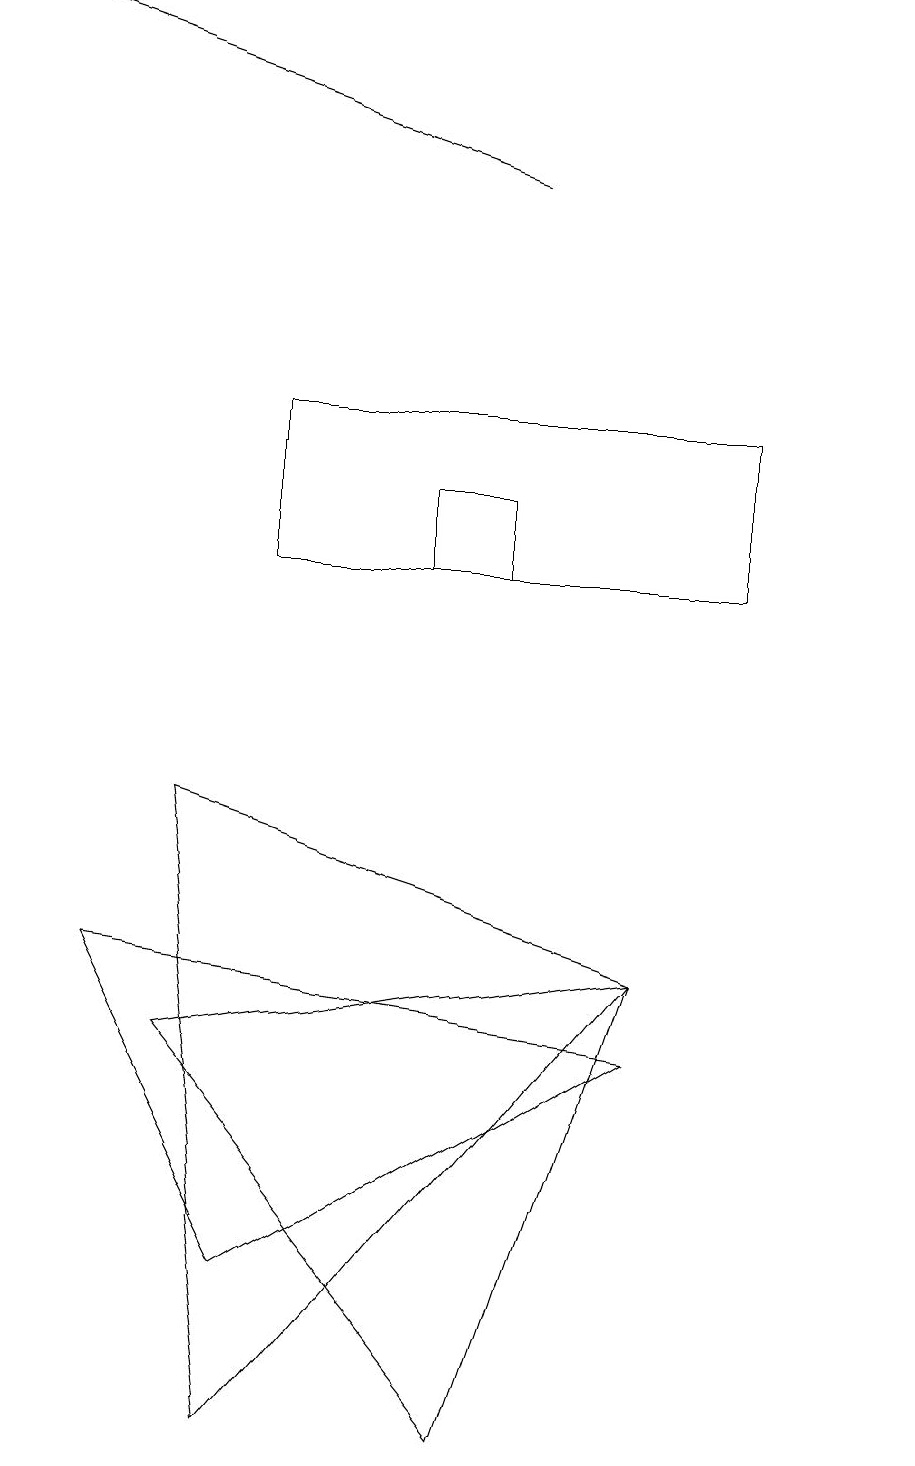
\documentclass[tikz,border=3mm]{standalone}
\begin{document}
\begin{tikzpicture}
\draw (11,10) circle (0);
\draw (5,11) rectangle (6,12);
\draw (8,6) -- (2,5) -- (6,0) -- cycle;
\draw (3,13) rectangle (9,11);
\draw (3,0) -- (8,6) -- (2,8) -- cycle;
\draw[->] (6,16) -- (0,18);
\draw (8,5) -- (3,2) -- (1,6) -- cycle;
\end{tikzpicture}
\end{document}